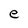
Character: e